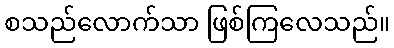
စသည်လောက်သာ ဖြစ်ကြလေသည်။